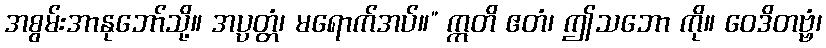
အစွမ်းအာနုဘော်သို့။ အပ္ပတ္တံ၊ မရောက်အပ်။” ဣတိ ဧတံ၊ ဤသဘော ကို။ ဝေဒိတဗ္ဗံ၊